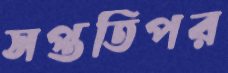
সপ্ততিপর